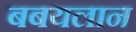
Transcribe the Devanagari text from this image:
बबयलान